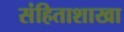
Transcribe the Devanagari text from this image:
संहिताशाखा